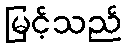
မြင့်သည်